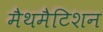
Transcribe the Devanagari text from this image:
मैथमैटिशन